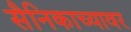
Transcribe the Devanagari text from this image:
सैनिकाच्यावर